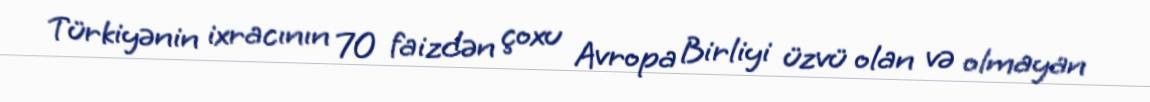
Türkiyənin ixracının 70 faizdən çoxu Avropa Birliyi üzvü olan və olmayan